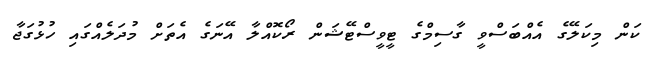
ކަން މިކަލޭގެ އެއްބަސްވީ ގާސިމްގެ ޓީވީސްޓޭޝަން ރޯކޮއްލާ އޭނަގެ އެތަށް މުދަލެއްގައި ހުޅުގަޖާ